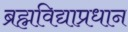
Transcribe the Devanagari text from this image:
ब्रह्मविद्याप्रधान